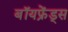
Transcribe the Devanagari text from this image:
बॉयफ्रेंड्स